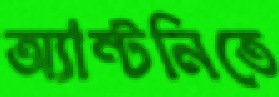
অ্যান্টনিতে